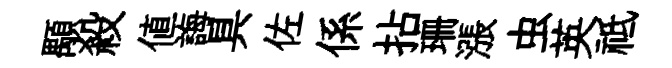
顒殺値誨具佐係拈珊漲虫英祗